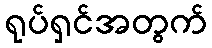
ရုပ်ရှင်အတွက်